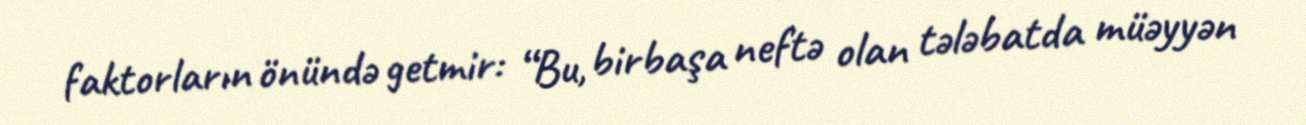
faktorların önündə getmir: “Bu, birbaşa neftə olan tələbatda müəyyən